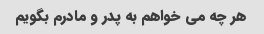
هر چه می خواهم به پدر و مادرم بگویم